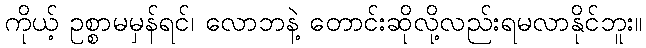
ကိုယ့် ဥစ္စာမမှန်ရင်၊ လောဘနဲ့ တောင်းဆိုလို့လည်းရမလာနိုင်ဘူး။